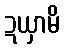
ဍယှာမိ